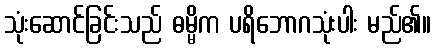
သုံးဆောင်ခြင်းသည် ဓမ္မိက ပရိဘောဂသုံးပါး မည်၏။